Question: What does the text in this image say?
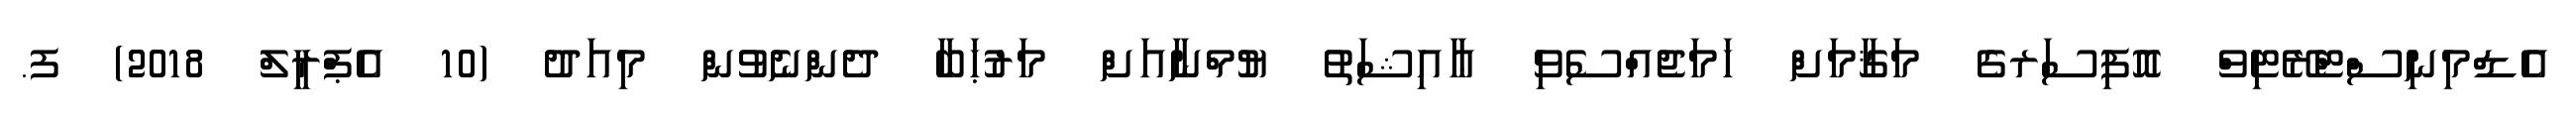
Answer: އެޑްމިނިސްޓްރޭޓިވް އޮފިސަރގެ މަޤާމަށް ހަމަޖެއްސެވި ޢާއިޝަތު ޔުމްނާއަށް މަރުޙަބާ ދެންނެވުން މިއަދު (10 އެޕްރީލް 2018) ފ.